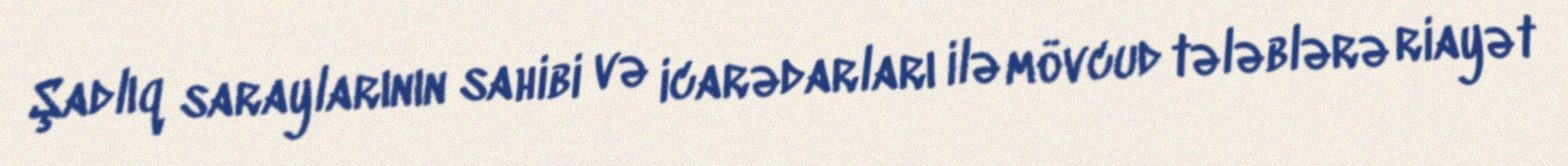
Şadlıq saraylarının sahibi və icarədarları ilə mövcud tələblərə riayət